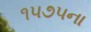
૧૫૭૫ના